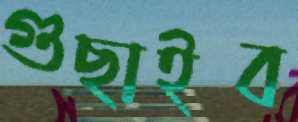
গুছাইব